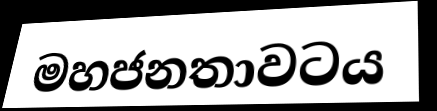
මහජනතාවටය